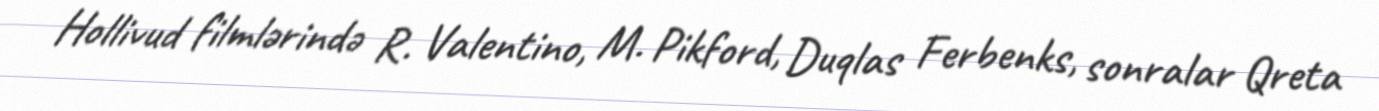
Hollivud filmlərində R. Valentino, M. Pikford, Duqlas Ferbenks, sonralar Qreta